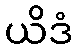
ယိဒံ